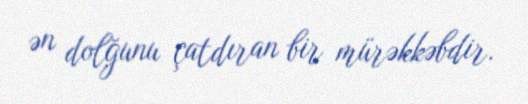
ən dolğunu çatdıran bir mürəkkəbdir.